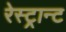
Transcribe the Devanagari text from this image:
रेस्ट्रान्ट